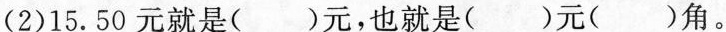
(2)15.50元就是()元，也就是()元()角。